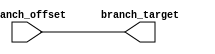
`timescale 1ns / 1ps
//////////////////////////////////////////////////////////////////////////////////
// Company: 
// Engineer: 
// 
// Design Name: 
// Module Name:    branch_adder 
// Project Name: 
// Target Devices: 
// Tool versions: 
// Description: 
//
// Dependencies: 
//
// Revision: 
// Revision 0.01 - File Created
// Additional Comments: 
//
//////////////////////////////////////////////////////////////////////////////////
module branch_adder # (
	parameter INST_ADDR_WIDTH = 9
)(
    input 	[INST_ADDR_WIDTH-1:0] 	branch_offset,
    output 	[INST_ADDR_WIDTH-1:0] 	branch_target
    );

//assign branch_target = pc_in + branch_offset; // Removed because branches are actually jumps
assign branch_target = branch_offset;

endmodule